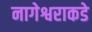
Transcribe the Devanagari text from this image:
नागेश्वराकडे